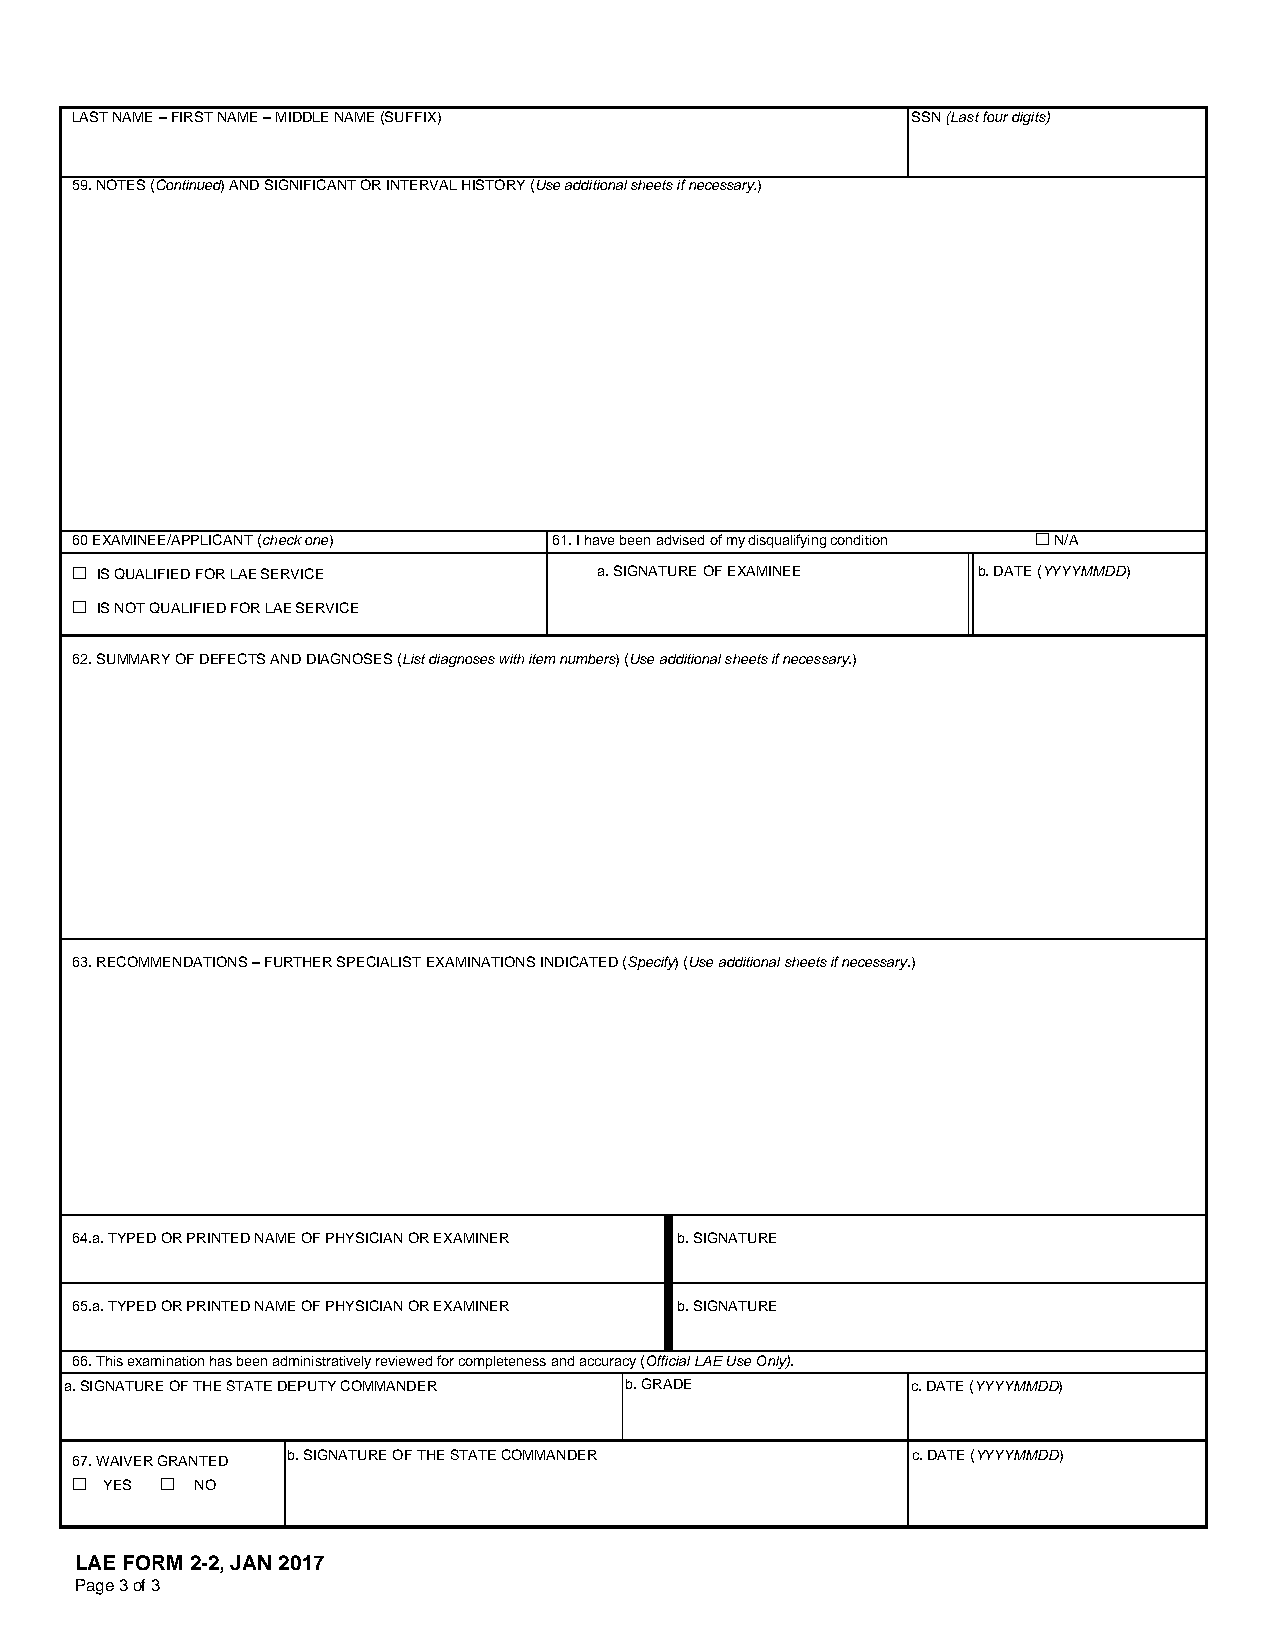
LAST NAME – FIRST NAME – MIDDLE NAME (SUFFIX)          SSN (Last four digits)
 59. NOTES (Continued) AND SIGNIFICANT OR INTERVAL HISTORY (Use additional sheets if necessary.)
 60 EXAMINEE/APPLICANT (check one) 61. I have been advised of my disqualifying condition  N/A
  IS QUALIFIED FOR LAE SERVICE     a. SIGNATURE OF EXAMINEE b. DATE (YYYYMMDD)
  IS NOT QUALIFIED FOR LAE SERVICE
 62. SUMMARY OF DEFECTS AND DIAGNOSES (List diagnoses with item numbers) (Use additional sheets if necessary.)
 63. RECOMMENDATIONS – FURTHER SPECIALIST EXAMINATIONS INDICATED (Specify) (Use additional sheets if necessary.)
 64.a. TYPED OR PRINTED NAME OF PHYSICIAN OR EXAMINER b. SIGNATURE
 65.a. TYPED OR PRINTED NAME OF PHYSICIAN OR EXAMINER b. SIGNATURE
 66. This examination has been administratively reviewed for completeness and accuracy (Official LAE Use Only).
 a. SIGNATURE OF THE STATE DEPUTY COMMANDER b. GRADE     c. DATE (YYYYMMDD)
 b. SIGNATURE OF THE STATE COMMANDER      c. DATE (YYYYMMDD)
 67. WAIVER GRANTED
  YES  NO
 LAE FORM 2-2, JAN 2017
 Page 3 of 3